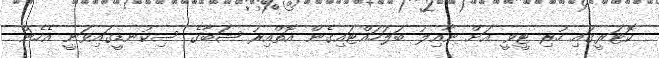
ކޮޓަރީގައި ހުރި ޓީވީ އަށް ނާއިލު ބަލަހައްޓައިގެން އޮތްއިރު ޝަބާގެ ސިކުނޑީގައިވަނީ އެހެން